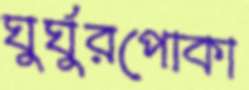
ঘুর্ঘুরপোকা